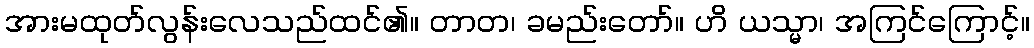
အားမထုတ်လွန်းလေသည်ထင်၏။ တာတ၊ ခမည်းတော်။ ဟိ ယသ္မာ၊ အကြင်ကြောင့်။